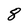
Character: 8